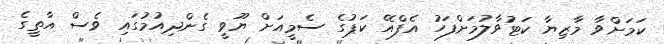
ކަމަށްވާ މާޒިޔާ ކަޓުވާލުމަށްފަހު އެފްއޭ ކަޕުގެ ސެމީއަށް ޔޫވީ ގެންދިއުމުގައި ވެސް އާތީގެ